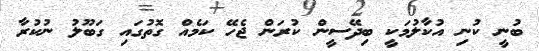
ބުނީ ކުނި އުކާލުމަކީ ބިދޭސީން ކުރަން ޖެހޭ ކަމެއް ގޮތުގައި ގަބޫލު ނުކުރާ